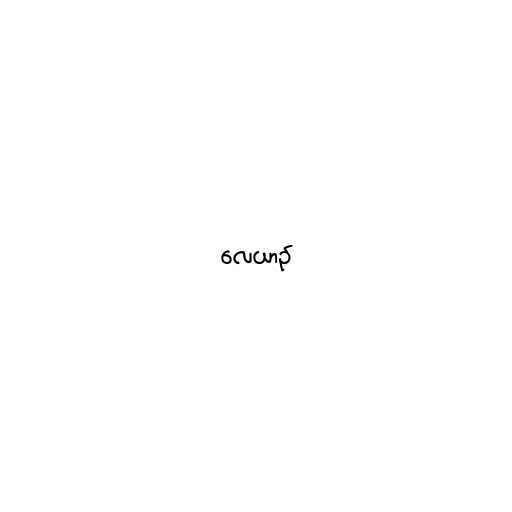
လေယာဉ်